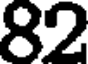
82